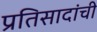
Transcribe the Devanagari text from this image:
प्रतिसादांची